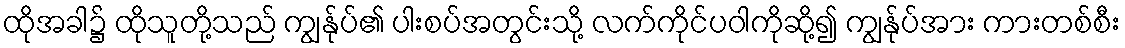
ထိုအခါ၌ ထိုသူတို့သည် ကျွန်ုပ်၏ ပါးစပ်အတွင်းသို့ လက်ကိုင်ပဝါကိုဆို့၍ ကျွန်ုပ်အား ကားတစ်စီး